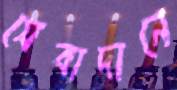
সেবাদানে